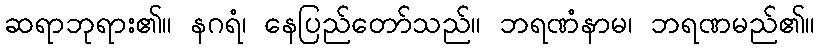
ဆရာဘုရား၏။ နဂရံ၊ နေပြည်တော်သည်။ ဘရဏံနာမ၊ ဘရဏမည်၏။